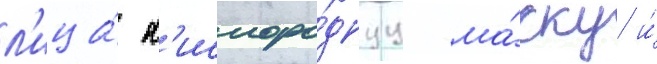
л'ица́ к'ислоро́днуу ма́ску и́